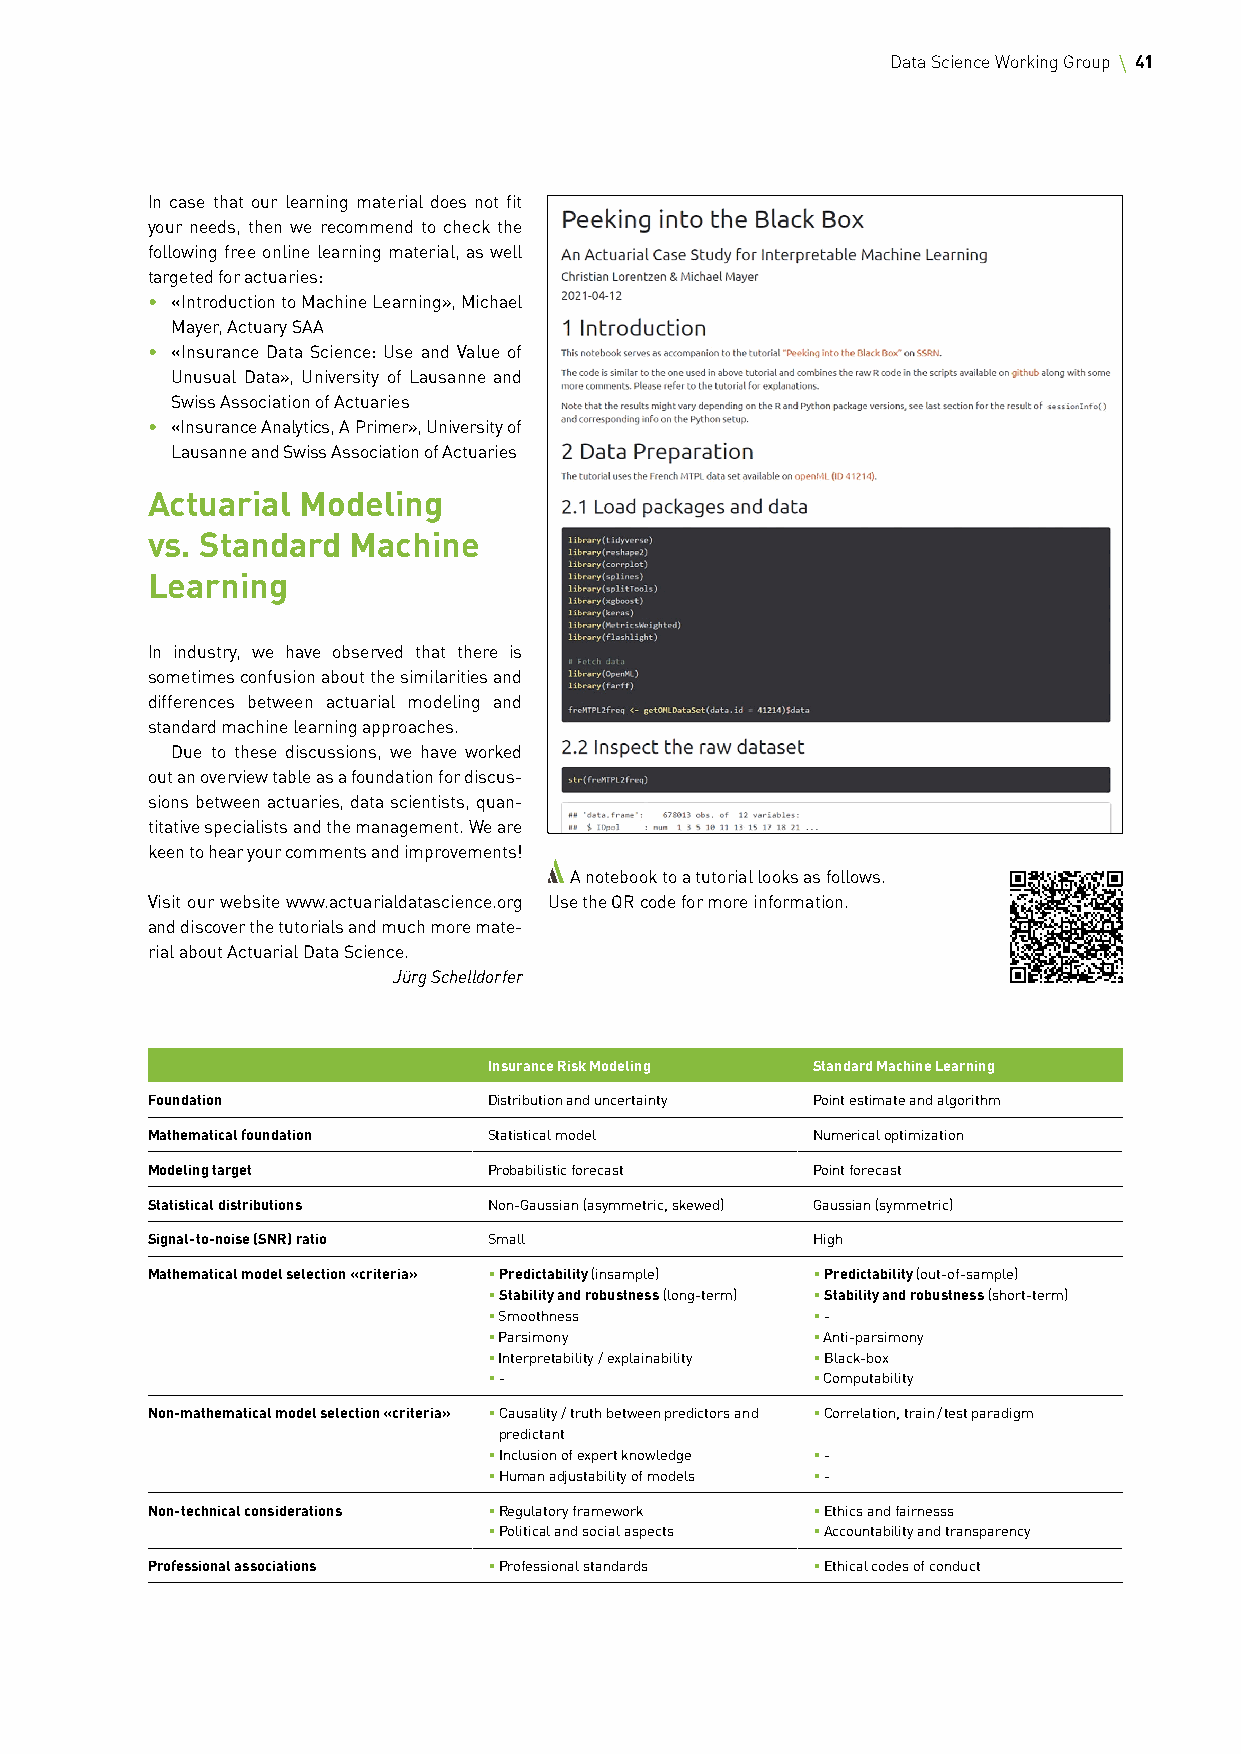
Data Science Working Group 41
 In case that our learning material does not fit
 your needs, then we recommend to check the
 following free online learning material, as well
 targeted for actuaries:
 • «Introduction to Machine Learning», Michael
 Mayer, Actuary SAA
 • «Insurance Data Science: Use and Value of
 Unusual Data», University of Lausanne and
 Swiss Association of Actuaries
 • «Insurance Analytics, A Primer», University of
 Lausanne and Swiss Association of Actuaries
 Actuarial Modeling
 vs. Standard Machine
 Learning
 In industry, we have observed that there is
 sometimes confusion about the similarities and
 differences between actuarial modeling and
 standard machine learning approaches.
 Due to these discussions, we have worked
 out an overview table as a foundation for discus-
 sions between actuaries, data scientists, quan-
 titative specialists and the management. We are
 keen to hear your comments and improvements!
 A notebook to a tutorial looks as follows.
 Visit our website www.actuarialdatascience.org Use the QR code for more information.
 and discover the tutorials and much more mate-
 rial about Actuarial Data Science.
 Jürg Schelldorfer
 Insurance Risk Modeling Standard Machine Learning
 Foundation            Distribution and uncertainty Point estimate and algorithm
 Mathematical foundation Statistical model   Numerical optimization
 Modeling target       Probabilistic forecast Point forecast
 Statistical distributions Non-Gaussian (asymmetric, skewed) Gaussian (symmetric)
 Signal-to-noise (SNR) ratio Small           High
 Mathematical model selection «criteria» • Predictability (insample) • Predictability (out-of-sample)
 • Stability and robustness (long-term) • Stability and robustness (short-term)
 • Smoothness          • -
 • Parsimony           • Anti-parsimony
 • Interpretability / explainability • Black-box
 • -                   • Computability
 Non-mathematical model selection «criteria» • Causality / truth between predictors and • Correlation, train / test paradigm
 predictant
 • Inclusion of expert knowledge • -
 • Human adjustability of models • -
 Non-technical considerations • Regulatory framework • Ethics and fairnesss
 • Political and social aspects • Accountability and transparency
 Professional associations • Professional standards • Ethical codes of conduct